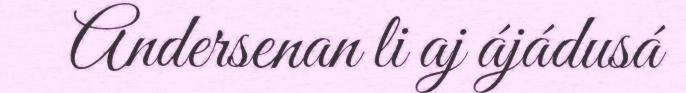
Andersenan li aj ájádusá